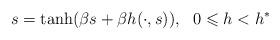
LaTeX: \begin{align*}s=\tanh(\beta s+\beta h(\cdot,s)),\ \ 0\leqslant h<h^*\end{align*}